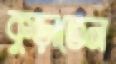
কুড়াতেন